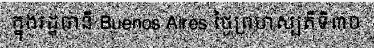
ក្នុងរដ្ឋធានី Buenos Aires ថ្ងៃព្រហស្បតិ៍ទី៣០